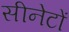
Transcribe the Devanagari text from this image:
सीनेटों